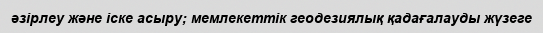
әзірлеу және іске асыру; мемлекеттік геодезиялық қадағалауды жүзеге